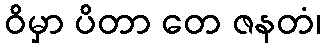
ဝိမှာ ပိတာ တေ ဇနတံ၊